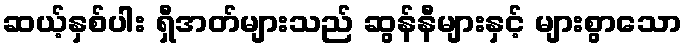
ဆယ့်နှစ်ပါး ရှီအတ်များသည် ဆွန်နီများနှင့် များစွာသော